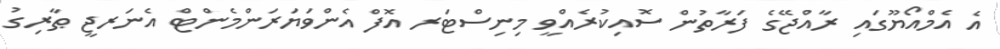
އެ އެމްއޯޔޫގައި ރާއްޖޭގެ ފަރާތުން ސޮއިކުރެއްވީ މިނިސްޓަރ އޮފް އެންވަޔަރަންމެންޓް އެނަރޖީ ޠާރިގު